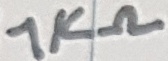
Text: 1KΩ